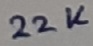
Text: 22K